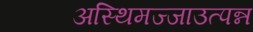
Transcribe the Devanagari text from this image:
अस्थिमज्जाउत्पन्न